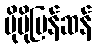
ပိုမိုမြန်ဆန်